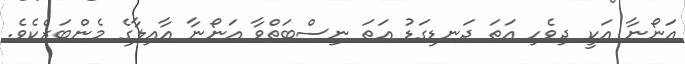
އަނޯނާ އަކީ ދިވެހި އަތަ ދަނޑިގަޑު އަތަ ނިސްބަތްވާ އަނޯނާ އާއިލާގެ މެންބަރެކެވެ.